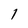
Character: l